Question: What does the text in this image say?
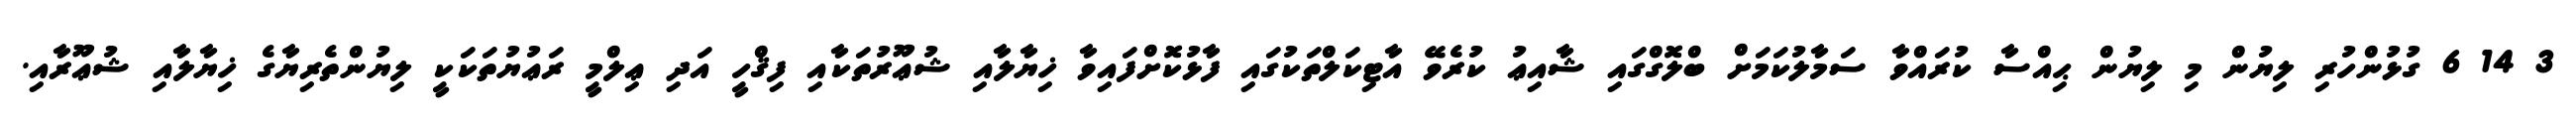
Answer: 3 14 6 ގުޅުންހުރި ލިޔުން މި ލިޔުން ޙިއްސާ ކުރައްވާ ސަމާލުކަމަށް ބްލޮގްގައި ޝާއިޢު ކުރެވޭ އާޓިކަލްތަކުގައި ފާޅުކޮށްފައިވާ ޚިޔާލާއި ޝުޢޫރުތަކާއި ފިޤްހީ އަދި ޢިލްމީ ރަޢުޔުތަކަކީ ލިޔުންތެރިޔާގެ ޚިޔާލާއި ޝުޢޫރާއި.